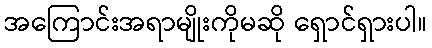
အကြောင်းအရာမျိုးကိုမဆို ရှောင်ရှားပါ။